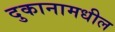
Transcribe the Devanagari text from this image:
दुकानामधील